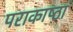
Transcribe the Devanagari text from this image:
पराकाष्‍ठा